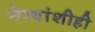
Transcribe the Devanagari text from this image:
नेत्यांशीही